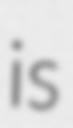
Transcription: is